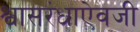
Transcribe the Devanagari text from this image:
श्वासरंध्राऐवजी